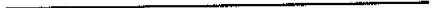
___